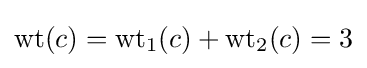
\mathrm {wt} (c)=\mathrm {wt} _{1}(c)+\mathrm {wt} _{2}(c)=3